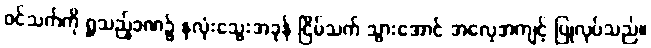
ဝင်သက်ကို ရှူသည့်ခဏ၌ နှလုံးသွေးအခုန် ငြိမ်သက် သွားအောင် အလေ့အကျင့် ပြုလုပ်သည်။